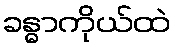
ခန္ဓာကိုယ်ထဲ